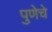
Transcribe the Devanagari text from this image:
पुणेचे